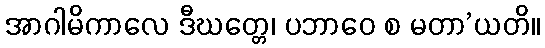
အာဂါမိကာလေ ဒီဃတ္တေ၊ ပဘာဝေ စ မတာ’ယတိ။